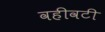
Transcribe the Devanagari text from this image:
वहीवटी